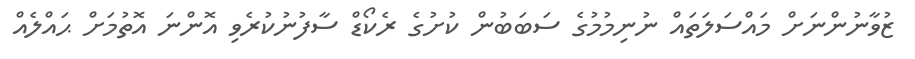
ޒުވާނުންނަށް މައްސަލަތައް ނުނިމުމުގެ ސަބަބުން ކުށުގެ ރެކޯޑް ސާފުނުކުރެވި އޮންނަ އޮތުމަށް ޙައްލެއް